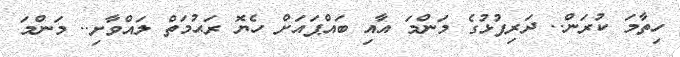
ހިތާމަ ކުރަން.. ދަރިފުޅުގެ މަންމަ އާއި ބައްޕައަށް ހެޔޮ ރަޙުމަތް ލައްވާށި.. މަންމަ